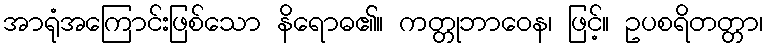
အာရုံအကြောင်းဖြစ်သော နိရောဓ၏။ ကတ္တုဘာဝေန၊ ဖြင့်။ ဥပစရိတတ္တာ၊